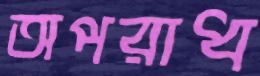
অপরাধ